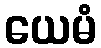
ယေမံ